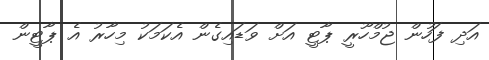
އަދި ފަހުން ޖުމްހޫރީ ޕާޓީ އަށް ވަޑައިގެން އެކަމަކު މިހާރު އެ ޕާޓީން